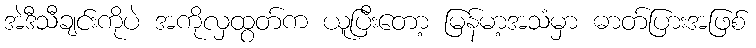
အဲဒီသီချင်းကိုပဲ အကိုလှထွတ်က ယူပြီးတော့ မြန်မာ့အသံမှာ ဓာတ်ပြားအဖြစ်